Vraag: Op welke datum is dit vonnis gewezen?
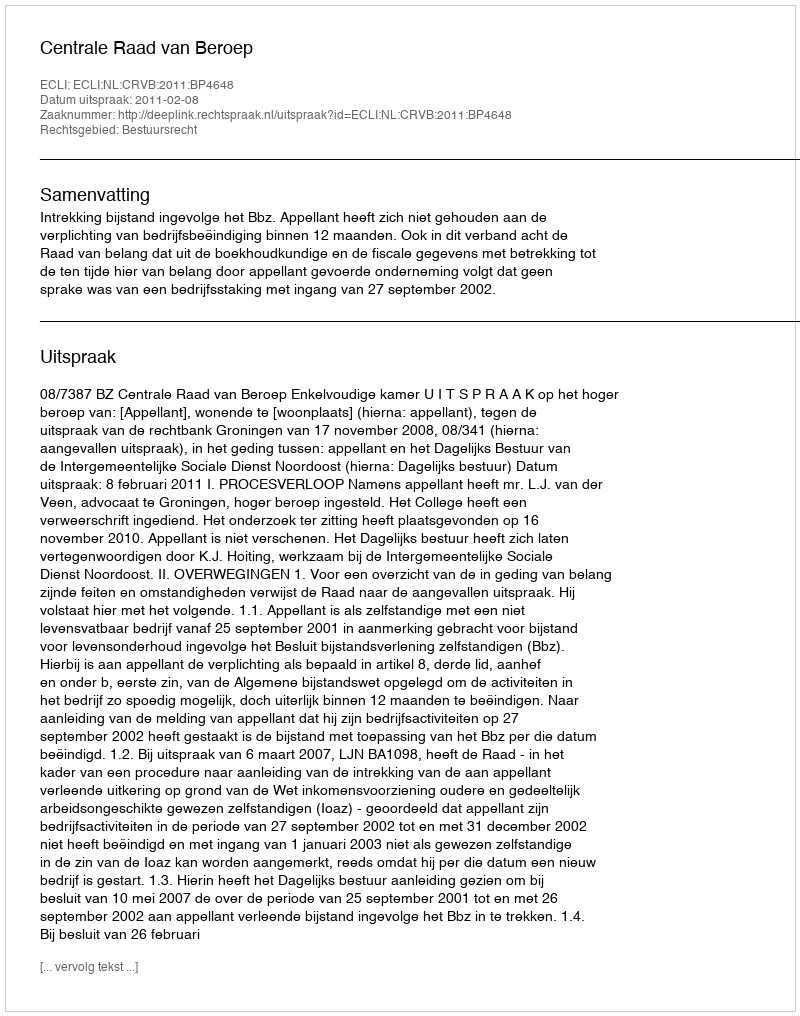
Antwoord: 2011-02-08